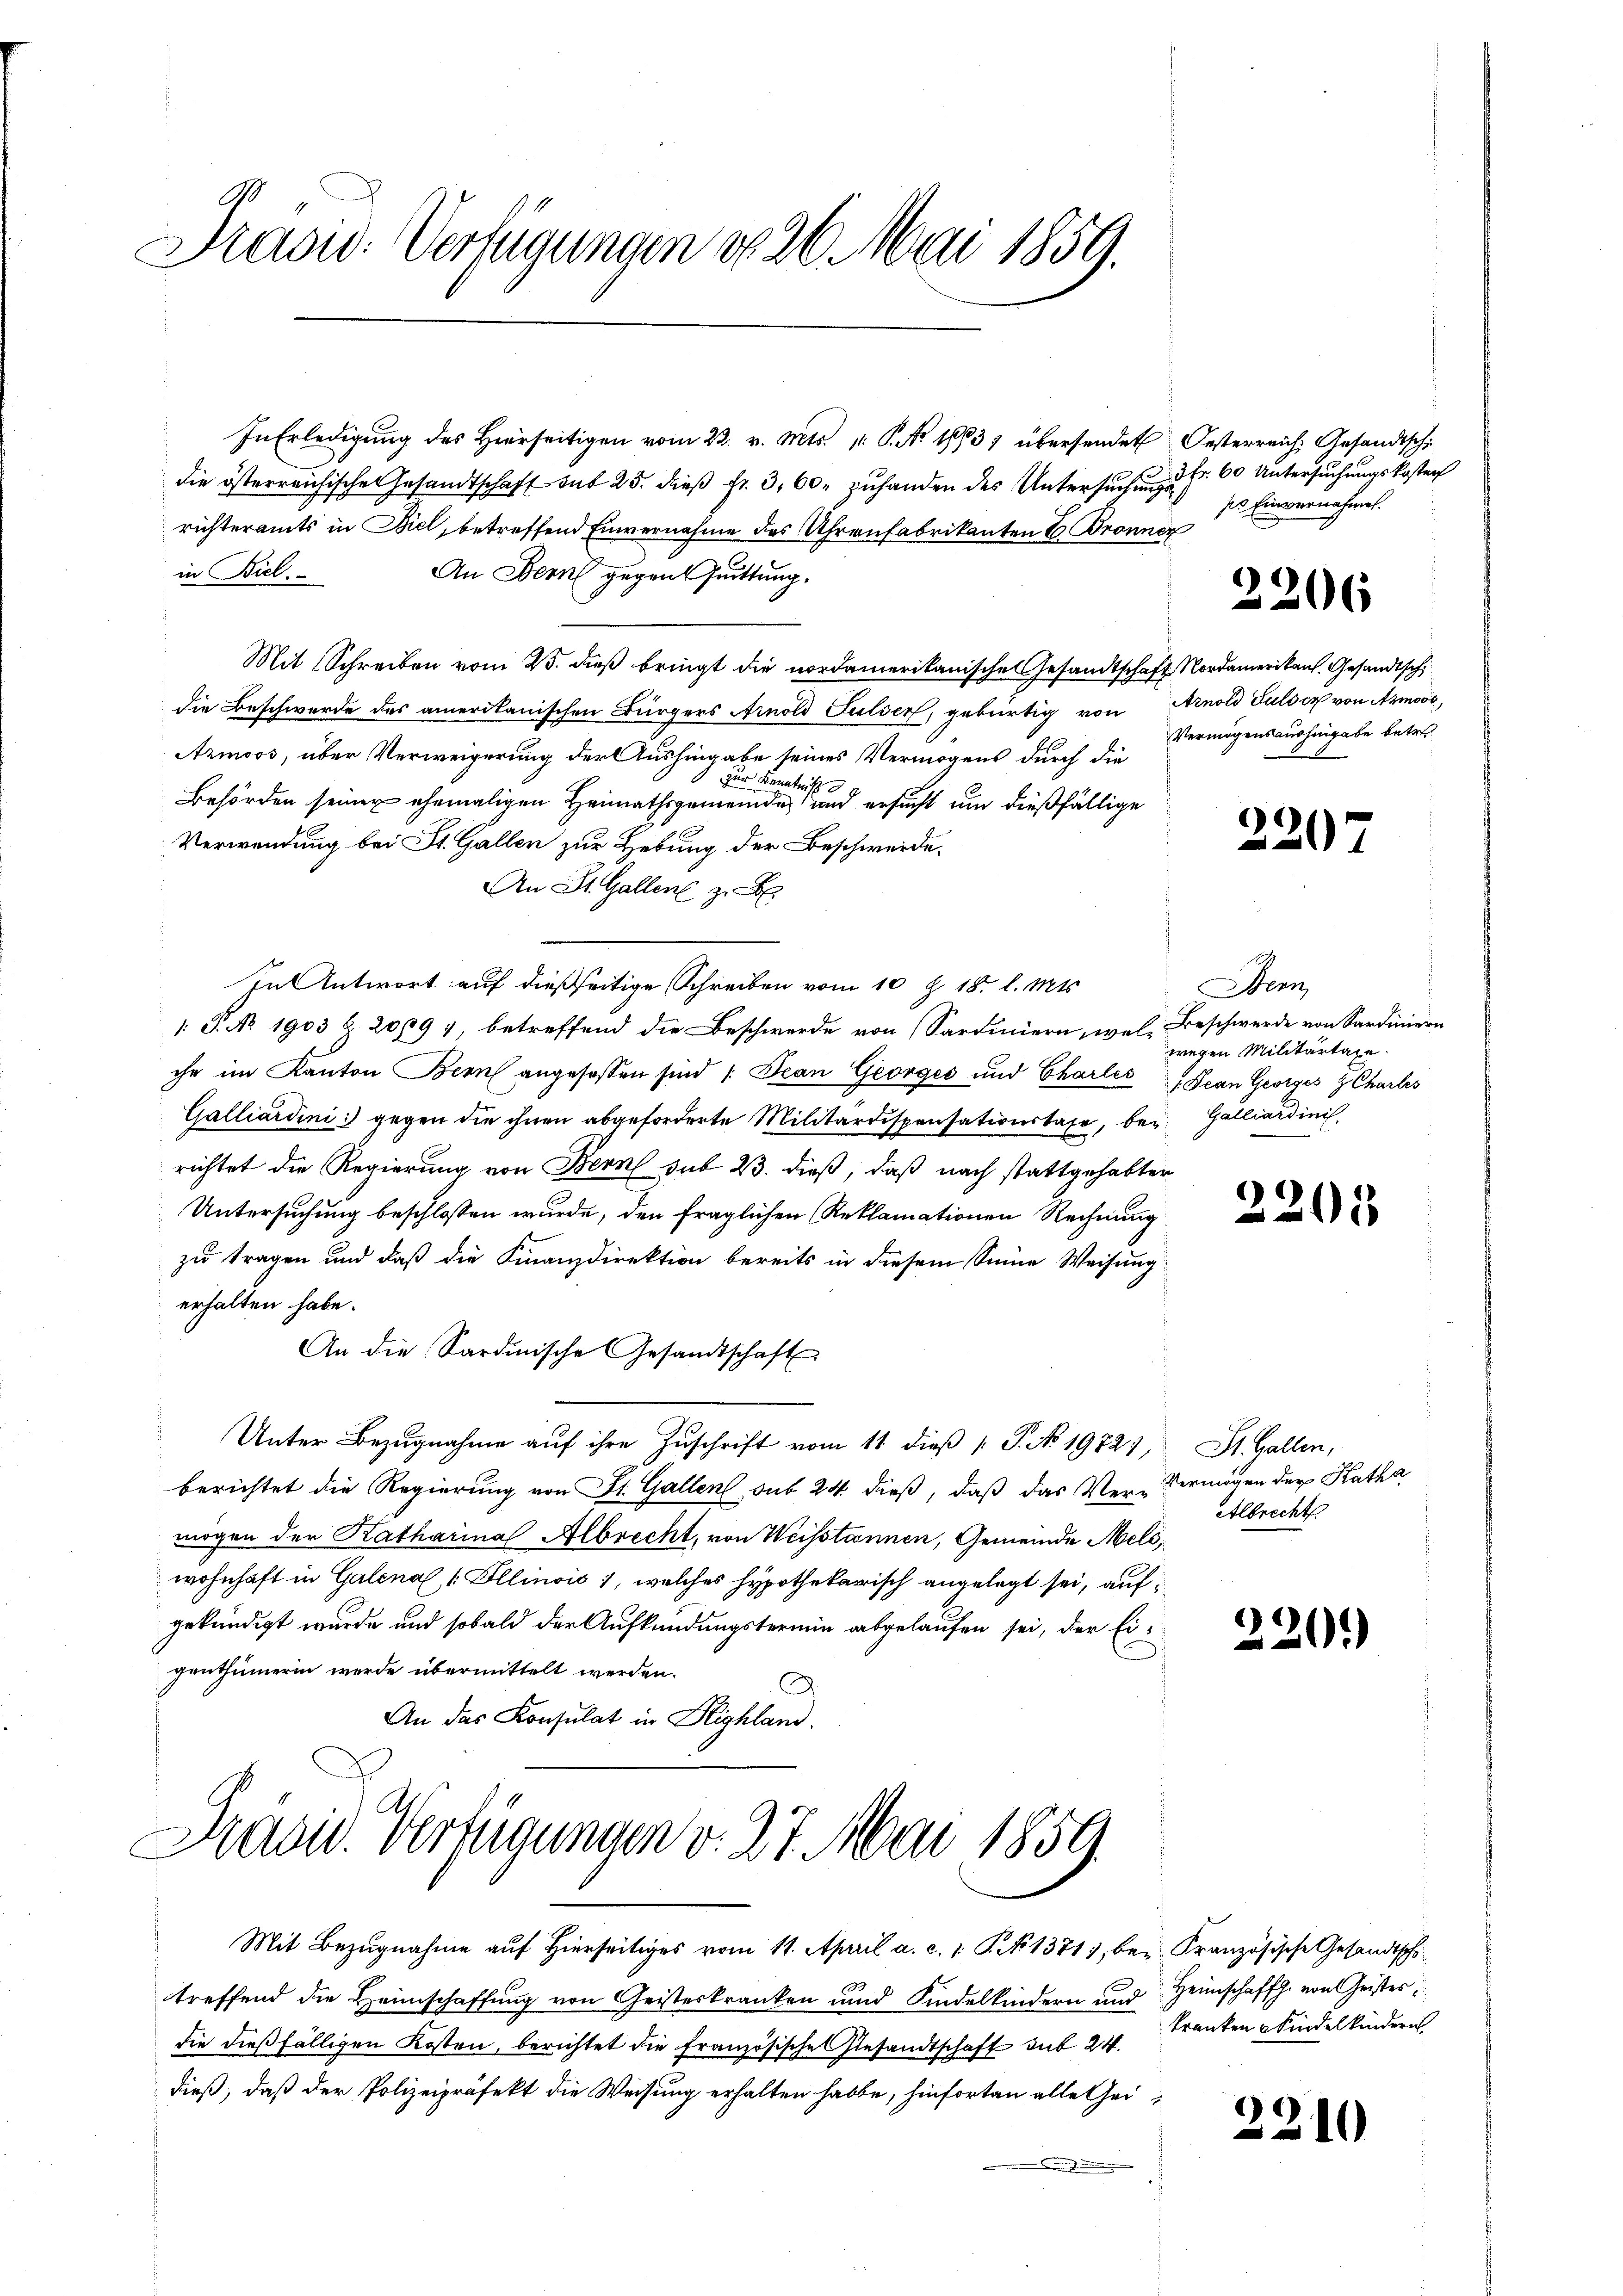
Präsid. Verfügungen d. 26. Mai 1859.

In Erledigŭng des hierseitigen vom 22. v. Mts. 1. P. Nr. 1883 übersendet Oesterreich, Gesandtsch
die österreichische Gesandtschaft mit 25. dieß fr. 3, 60. zuhanden des Untersuchung d. Fr. 60 Untersuchungskosten
richteramts in Biel, betreffend Einvernahme des Uhrenfabrikanten E. Bronner
in Biel.
An Bern gegen Quittung.
Mit Schreiben vom 23. dieß bringt die nordamerikanische Gesandtschaft Nordamerikant. Gesandtsch
die Beschwerde des amerikanischen Bürgers Arnold Fulser, gebürtig von Arnold Gulden von Armoos,
Armoos, über Verweigerung der Aushingabe seines Vermögens durch die
1 zur Kenntniß
Behörden seiner ehemaligen Heimathsgemeinde und ersucht um dießfällige
Verwendung bei St. Gallen zur Hebung der Beschwerde.
An St. Gallen zu
In Antwort auf dießseitige Schreiben vom 10 Z 18. l. Mts.
: P. No 1903 § 20,9 7, betreffend die Beschwerde von Sardiniern, wel- Beschwerde von Sardiniern
che im Kanton Bern angefassen sind / Scan Georges und Charlis (Jean Georges Charles
Galliardinis gegen die ihnen abgeforderte Militardispensationstage, bei Galliardinis
richtet die Regierung von Bern sub 23. dieß, daß nach stattgehabter
Untersuchung beschlossen wurde, den fraglichen Reklamationen Rechnung
zu tragen und daß die Finanzdirektion bereits in diesem Sinne Weisung
erhalten habe.
An die Sardinische Gesandtschaft
Unter Bezugnahme auf ihre Zuschrift vom 11 dieß P. No 19721,
berichtet die Regierung von St. Gallen, sub 24 dieß, daß das Ver-Vermögen der Katha
mögen der Katharina Albrecht, von Weisstannen, Gemeinde Meld,
wohnhaft in Galenal & Illinoić, welches hypothekarisch angelegt sei, auf
gekündigt wurde und sobald der Aufkündungstermin abgelaufen sei, der Eigenthümerin werde übermittelt werden.
An das Konsulat in Highland.

Präsid. Verfügungen v. 27. Mai 1859.

ses Einvernahmen.

Mit Bezugnahme auf hierseitiges vom 11. April a. c. 1 S. 1371, bei Französische Gesandtschi
treffend die Heimschaffung von Geisteskranken und Kindelkindern und Heimschafft. von Geistes
die dießfälligen Kosten, berichtet die französische Gesandtschaft mit 24.
dieß, daß der Polizeipräfekt die Weisung erhalten habe, hinfortan alle Gei

2206

Vermögensaushingabe betret

220

Denn
wegen Militärtage.

2205

St. Gallen,
Albrecht

220.

kranken Kindelkindern

2210